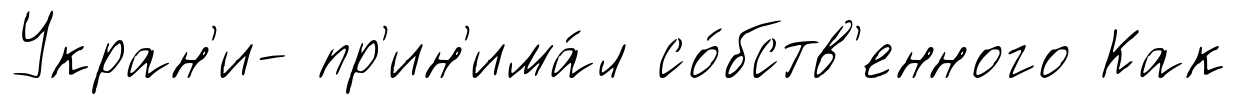
Укран'и- пр'ин'има́л со́бств'енного Как